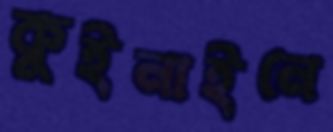
কুইনাইনে